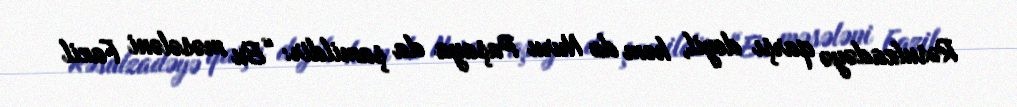
Rəsulzadəyə qarşı deyil, həm də Nuru Paşaya da şamildir: “Bu məsələni Fazil